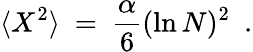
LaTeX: \langle X^{2}\rangle~=~\frac{\alpha}{6}(\ln N)^{2}~~.